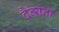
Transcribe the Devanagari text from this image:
दैन्यता